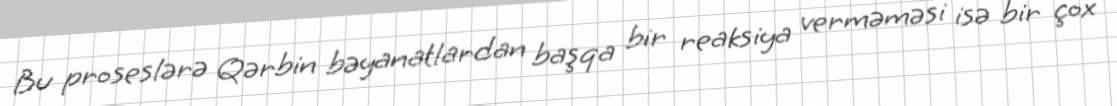
Bu proseslərə Qərbin bəyanatlardan başqa bir reaksiya verməməsi isə bir çox